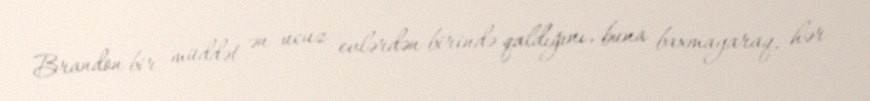
Brandon bir müddət ən ucuz evlərdən birində qaldığını, buna baxmayaraq, hər